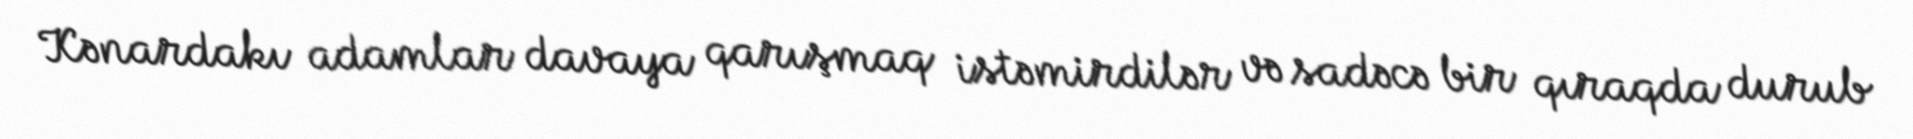
Kənardakı adamlar davaya qarışmaq istəmirdilər və sadəcə bir qıraqda durub